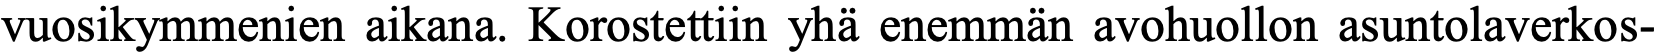
vuosikymmenien aikana. Korostettiin yhä enemmän avohuollon asuntolaverkos-